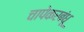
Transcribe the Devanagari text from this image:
चापेकरबंधू